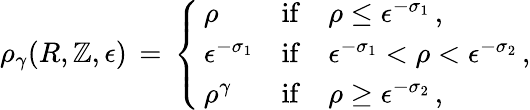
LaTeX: \rho_{\gamma}(R,\mathbb{Z},\epsilon)\, =\, \left\{ \begin{array}{ll}{\, \rho}&{\mathrm{if}\quad\rho\le\epsilon^{-\sigma_{1}}\, ,}\\ {\, \epsilon^{-\sigma_{1}}}&{\mathrm{if}\quad\epsilon^{-\sigma_{1}}<\rho<\epsilon^{-\sigma_{2}}\, ,}\\ {\, \rho^{\gamma}}&{\mathrm{if}\quad\rho\ge\epsilon^{-\sigma_{2}}\, ,}\end{array}\right.